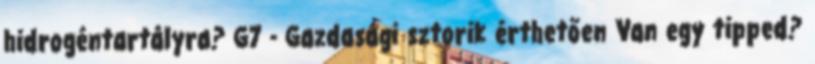
hidrogéntartályra? G7 - Gazdasági sztorik érthetően Van egy tipped?